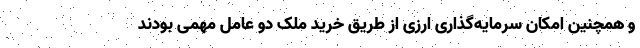
و همچنین امکان سرمایه‌گذاری ارزی از طریق خرید ملک دو عامل مهمی بودند